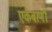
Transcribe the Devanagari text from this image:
एकबाणी